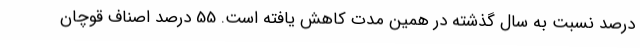
درصد نسبت به سال گذشته در همین مدت کاهش یافته است. 55 درصد اصناف قوچان